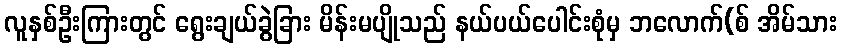
လူနှစ်ဦးကြားတွင် ရွေးချယ်ခွဲခြား မိန်းမပျိုသည် နယ်ပယ်ပေါင်းစုံမှ ဘလောက်(စ် အိမ်သား